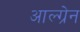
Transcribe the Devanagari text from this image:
आल्ग्रेन